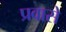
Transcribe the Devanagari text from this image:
प्रवासे